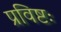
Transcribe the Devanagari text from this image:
प्रविष्टः